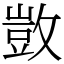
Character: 敳